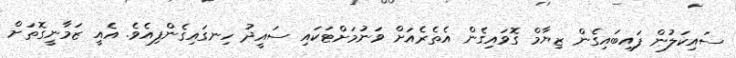
ސައިކަލުން ފައިބައިގެން ޒިޔާމް ގޮވައިގެން އެތެރެއަށް ވަނުމަށްޓަކައި ސައީދު ހިނގައިގެންފިއެވެ. އެއީ ޒަމާނީގޮތަށް